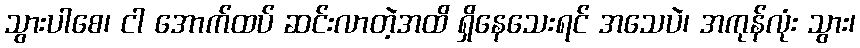
သွားပါစေ၊ ငါ အောက်ထပ် ဆင်းလာတဲ့အထိ ရှိနေသေးရင် အသေပဲ၊ အကုန်လုံး သွား၊